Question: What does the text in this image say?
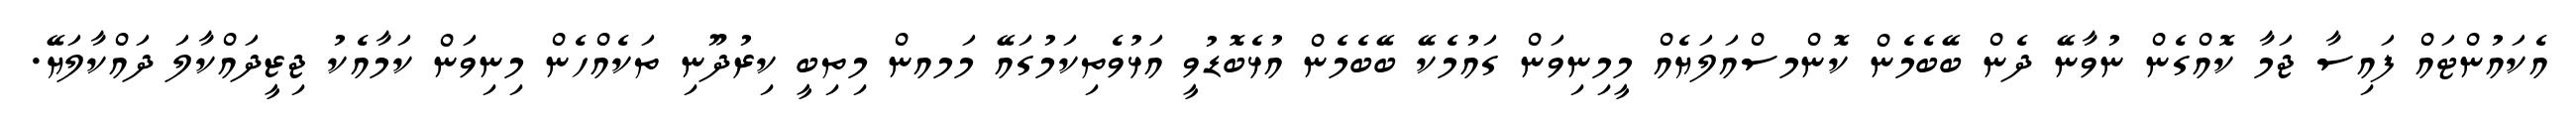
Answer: އެކައުންޓައް ފައިސާ ޖަމާ ކޮއްގެން ނުވާނޭ ދެން ބޭބެމެން ކޮންމސްއަލަޔެއް މީމިނިވަން ގައުމެކޭ ބޭބެމެން އުޅެބޮޑުވީ އަޅުވެތިކަމުގައޭ މަމއން މިތިބީ ކިރުދޫނި ތަކެއްހެން މިނިވަން ކަމާއެކު ޖިޒީދައްކާލަ ދައްކާލަޔޭ.